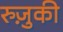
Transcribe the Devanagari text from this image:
रुज़ुकी